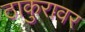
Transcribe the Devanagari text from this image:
ठाकुरावर